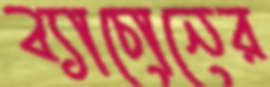
ব্যাচোনের